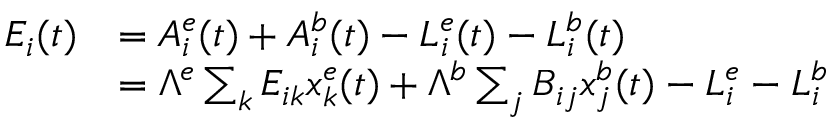
\begin{array} { r l } { E _ { i } ( t ) } & { = A _ { i } ^ { e } ( t ) + A _ { i } ^ { b } ( t ) - L _ { i } ^ { e } ( t ) - L _ { i } ^ { b } ( t ) } \\ & { = { \Lambda } ^ { e } \sum _ { k } E _ { i k } x _ { k } ^ { e } ( t ) + { \Lambda } ^ { b } \sum _ { j } B _ { i j } x _ { j } ^ { b } ( t ) - L _ { i } ^ { e } - L _ { i } ^ { b } } \end{array}